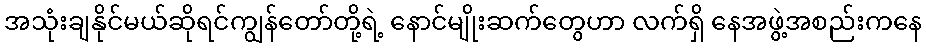
အသုံးချနိုင်မယ်ဆိုရင်ကျွန်တော်တို့ရဲ့ နောင်မျိုးဆက်တွေဟာ လက်ရှိ နေအဖွဲ့အစည်းကနေ